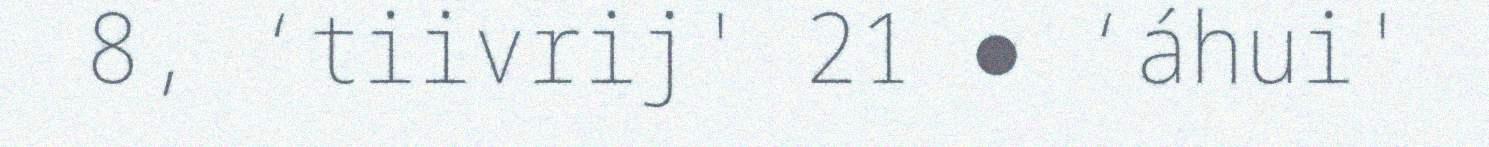
8, ‘tiivrij' 21 ● ‘áhui'